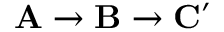
\mathbf { A } \to \mathbf { B } \to \mathbf { C ^ { \prime } }